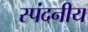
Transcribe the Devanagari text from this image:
स्पंदनीय